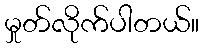
မှုတ်လိုက်ပါတယ်။